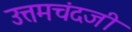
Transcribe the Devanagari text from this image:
उत्तमचंदजी